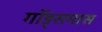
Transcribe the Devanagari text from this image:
गॉड्समास